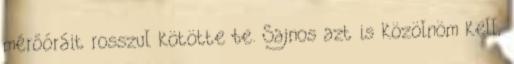
mérőóráit rosszul kötötte be. Sajnos azt is közölnöm kell,